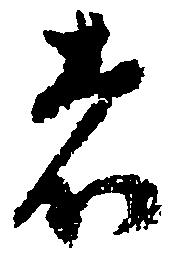
者